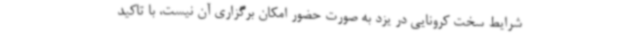
شرایط سخت کرونایی در یزد به صورت حضور امکان برگزاری آن نیست، با تاکید